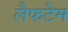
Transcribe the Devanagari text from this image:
लैफटैम